Reports on military cantonments and civil stations in the Presidency of Bombay inspected by the Sanitary Commissioner in the years 1875 and 1876
Year: 1875
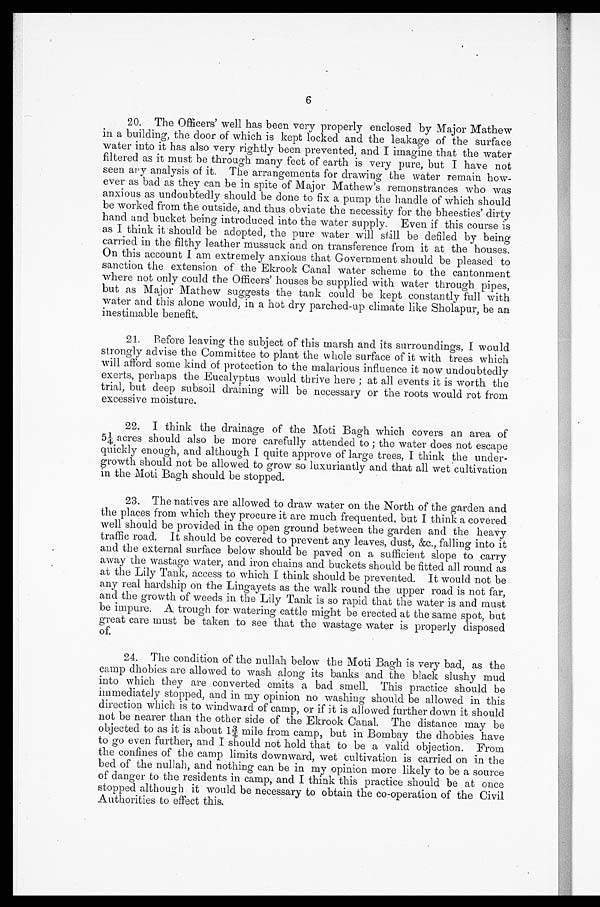
6
20. Th e Of f i c e r s ’ we l l h a s b e e n v e r y p r o p e r l y e n c l o s e d b y Ma j o r Ma t h e w
in a building, the door of which is kept locked and the leakage of the surface
water into it has also very rightly been prevented, and I imagine that the water
filtered as it must be through many feet of earth is very pure, but I have not
seen any analysis of it. The arrangements for drawing the water remain how-
ever as bad as they can be in spite of Major Mathew’s remonstrances who was
anxious as undoubtedly should be done to fix a pump the handle of which should
be worked from the outside, and thus obviate the necessity for the bheesties’ dirty
hand and bucket being introduced into the water supply. Even if this course is
as I think it should be adopted, the pure water will still be defiled by being
carried in the filthy leather mussuck and on transference from it at the houses.
On this account I am extremely anxious that Government should be pleased to
sanction the extension of the Ekrook Canal water scheme to the cantonment
where not only could the Officers’ houses be supplied with water through pipes,
but as Major Mathew suggests the tank could be kept constantly full with
water and this alone would, in a hot dry parched-up climate like Sholapur, be an
inestimable benefit.
21.
Before leaving the subject of this marsh and its surroundings, I would
strongly advise the Committee to plant the whole surface of it with trees which
will afford some kind of protection to the malarious influence it now undoubtedly
exerts, perhaps the Eucalyptus would thrive here; at all events it is worth the
trial, but deep subsoil draining will be necessary or the roots would rot from
excessive moisture.
22.
I think the drainage of the Moti Bagh which covers an area of
5¼ acres should also be more carefully attended to; the water does not escape
quickly enough, and although I quite approve of large trees, I think the under-
growth should not be allowed to grow so luxuriantly and that all wet cultivation
in the Moti Bagh should be stopped.
23. The natives are allowed to draw water on the North of the garden and
the places from which they procure it are much frequented, but I think a covered
well should be provided in the open ground between the garden and the heavy
traffic road. It should be covered to prevent any leaves, dust, &c., falling into it
and the external surface below should be paved on a sufficient slope to carry
away the wastage water, and iron chains and buckets should be fitted all round as
at the Lily Tank, access to which I think should be prevented. It would not be
any real hardship on the Lingayets as the walk round the upper road is not far,
and the growth of weeds in the Lily Tank is so rapid that the water is and must
be impure. A trough for watering cattle might be erected at the same spot, but
great care must be taken to see that the wastage water is properly disposed
of.
24. The condition of the nullah below the Moti Bagh is very bad, as the
camp dhobies are allowed to wash along its banks and the black slushy mud
into which they are converted emits a bad smell. This practice should be
immediately stopped, and in my opinion no washing should be allowed in this
direction which is to windward of camp, or if it is allowed further down it should
not be nearer than the other side of the Ekrook Canal. The distance may be
objected to as it is about 1¾ mile from camp, but in Bombay the dhobies have
to go even further, and I should not hold that to be a valid objection. From
the confines of the camp limits downward, wet cultivation is carried on in the
bed of the nullah, and nothing can be in my opinion more likely to be a source
of danger to the residents in camp, and I think this practice should be at once
stopped although it would be necessary to obtain the co-operation of the Civil
Authorities to effect this.